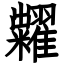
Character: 糶